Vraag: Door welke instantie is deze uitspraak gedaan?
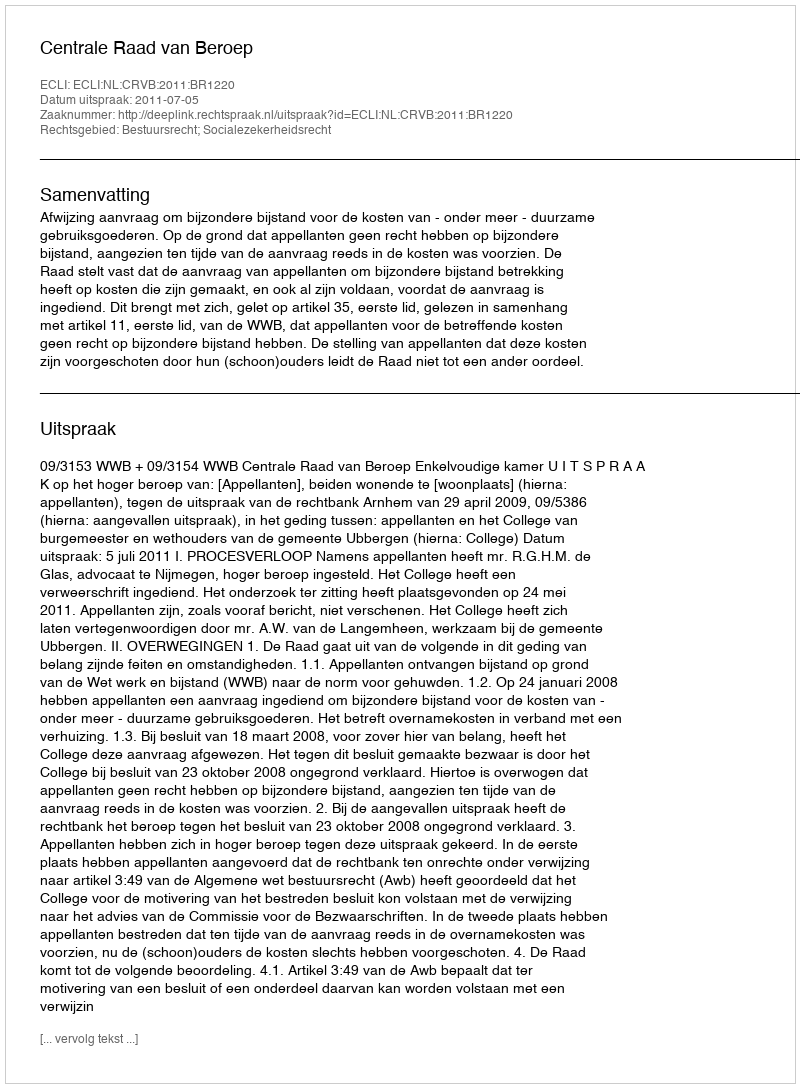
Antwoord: Centrale Raad van Beroep